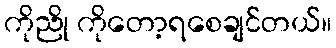
ကိုညို ကိုတော့ရစေချင်တယ်။